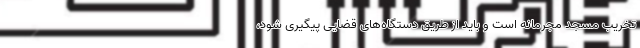
تخریب مسجد مجرمانه است و باید از طریق دستگاه‌های قضایی پیگیری شود،